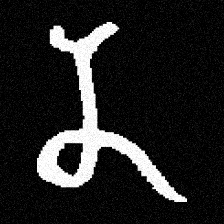
Pyu character \u2014 Myanmar letter: န (romanized: na)